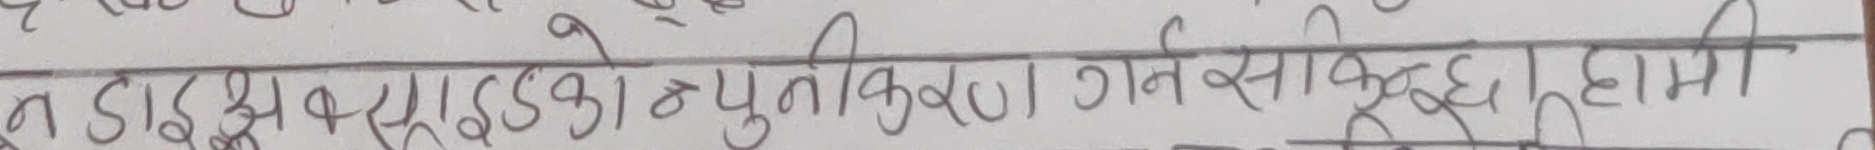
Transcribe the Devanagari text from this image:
न डाइअक्साइडको न्युनीकरण गर्न सकिन्छ । हामी